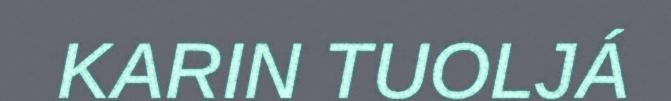
KARIN TUOLJÁ